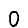
Digit: 0